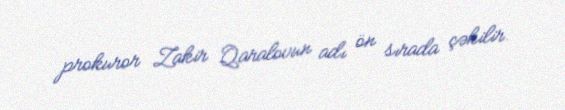
prokuror Zakir Qaralovun adı ön sırada çəkilir.